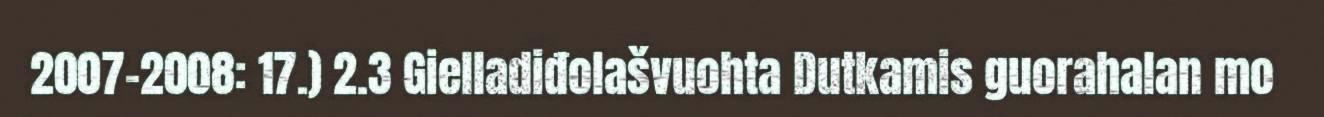
2007-2008: 17.) 2.3 Gielladiđolašvuohta Dutkamis guorahalan mo